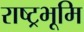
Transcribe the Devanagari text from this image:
राष्ट्रभूमि